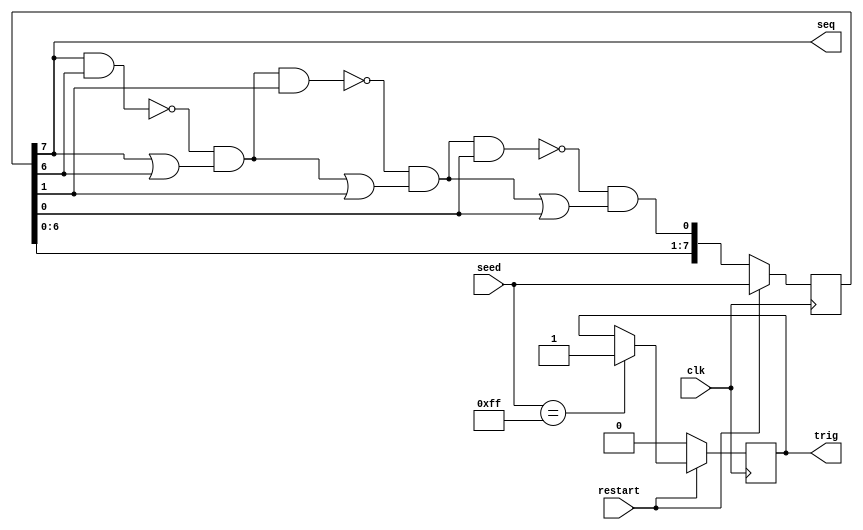
`timescale 1ns / 1ps
/**
* Company: ALTER, TFB-UPM
* Description:  8 bit up LFSR Generator. 
*               Generates a m-sequence in direct order.
*               It also generates a trigger each time the registers
*               agree with the seed. It may be used to triger the signal
*               in an osciloscope.
*               The polynomial used must be the same as in the updown IP
*               This is done for the shifting versions so that the trigger
*               only come up with a reset.
*               
*/


module LFSR8bitShift(
    input clk,
    input restart,
    input [7:0] seed,
    output seq,
    output trig
    );
    
    //This will always be the seed at imput at the normal LFSR and the trigger
    //must plug when this is the seed. So that in the shifted LFSR the frequency
    //of the trigger is much smaller
    localparam[7:0] basicSeed = 8'b11111111;
    
    reg [7:0] registro;
    wire rd1, rd2, rd3;
    reg t;
    

   //direct
   
    assign rd1 = (~(registro[7] & registro[6])) & (registro[7] | registro[6]);
    assign rd2 = (~(rd1 & registro[1])) & (rd1 | registro[1]);
    assign rd3 = (~(rd2 & registro[0])) & (rd2 | registro[0]);
    
    assign trig = t;
    assign seq = registro[7];
    
    always @(posedge clk) begin
        if (restart) begin
          registro = seed;
          if(registro == basicSeed) begin
            t = 1;
          end
        end
        else begin
            registro = {registro[6:0], rd3};
            t = 0;
        end
    end
    
endmodule